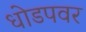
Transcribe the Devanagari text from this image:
धोडपवर